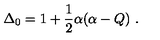
\Delta _ { 0 } = 1 + \frac { 1 } { 2 } \alpha ( \alpha - Q ) \ .